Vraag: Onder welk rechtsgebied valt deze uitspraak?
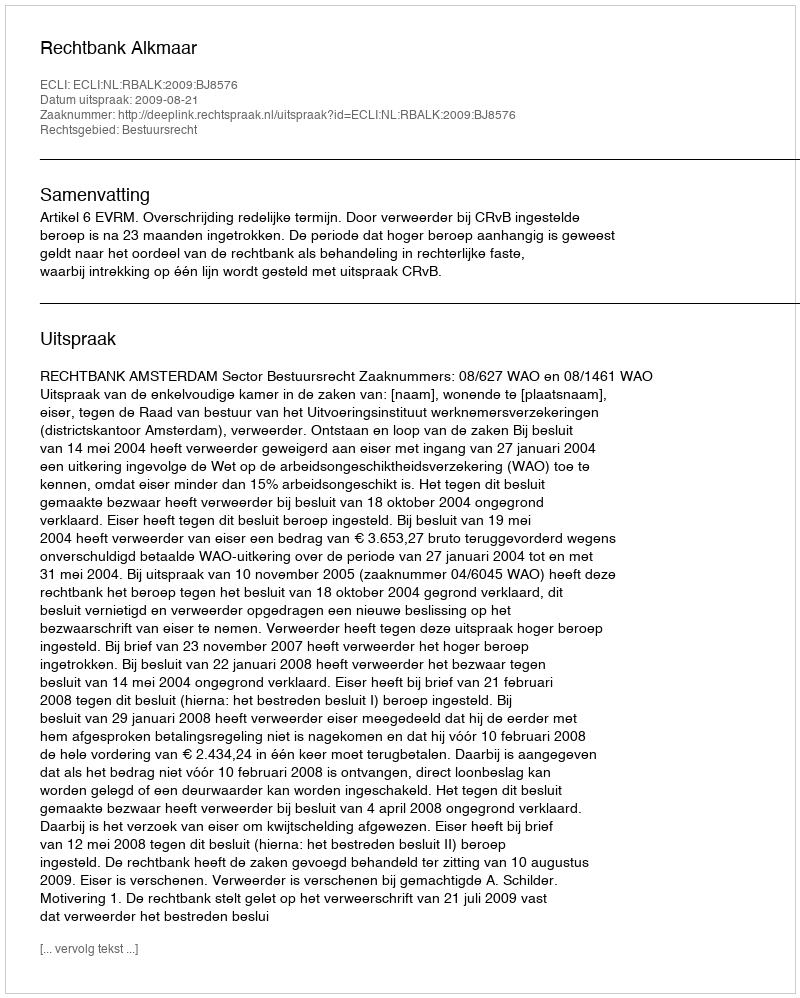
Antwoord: Bestuursrecht